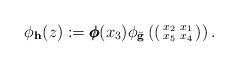
LaTeX: \begin{align*} \phi_{\mathbf h}(z) := \pmb{\phi}(x_3) \phi_{\breve{\mathbf g}}\left(\left(\begin{smallmatrix} x_2 & x_1 \\ x_5 & x_4 \end{smallmatrix}\right)\right).\end{align*}